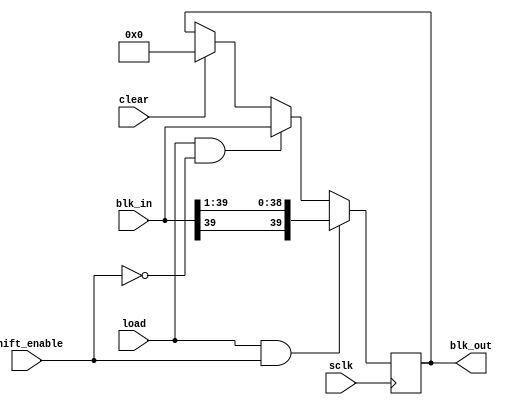
module shift_acc(
    input shift_enable,
    input load,
    input clear,
    input sclk,
    input [39:0] blk_in,
    output [39:0] blk_out
    );
	reg [39:0] shift_acc_reg;
	always @(posedge sclk)
	begin
		if (clear)
			shift_acc_reg = 40'd0;
		if (load && shift_enable)
			shift_acc_reg = {blk_in[39], blk_in[39:1]};
		else if (load && !shift_enable)
			shift_acc_reg = blk_in;
		else
			shift_acc_reg = shift_acc_reg;
	end
	assign blk_out = shift_acc_reg;
endmodule